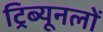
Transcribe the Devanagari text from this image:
ट्रिब्यूनलों